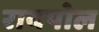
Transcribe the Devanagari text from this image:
रायपोल